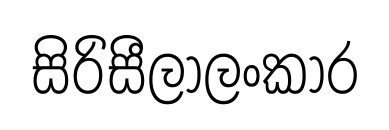
සිරිසීලාලංකාර